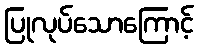
ပြုလုပ်သောကြောင့်